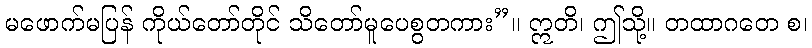
မဖောက်မပြန် ကိုယ်တော်တိုင် သိတော်မူပေစွတကား”။ ဣတိ၊ ဤသို့။ တထာဂတေ စ၊